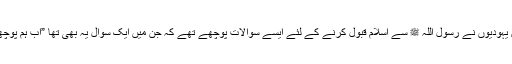
صحیح بخاری میں اس سے متعلقہ حدیث کے مطابق یہودیوں نے رسول اللہ ﷺ سے اسلام قبول کرنے کے لئے ایسے سوالات پوچھے تھے کہ جن میں ایک سوال یہ بھی تھا ”اب ہم پوچھتے ہیں کہ عورت مرد کے پانی کی کیا کیفیت ہے؟